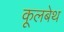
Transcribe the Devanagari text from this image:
कूलबेथ